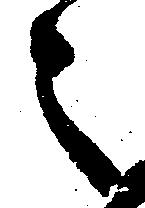
之